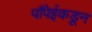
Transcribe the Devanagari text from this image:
पाँपेईकडून